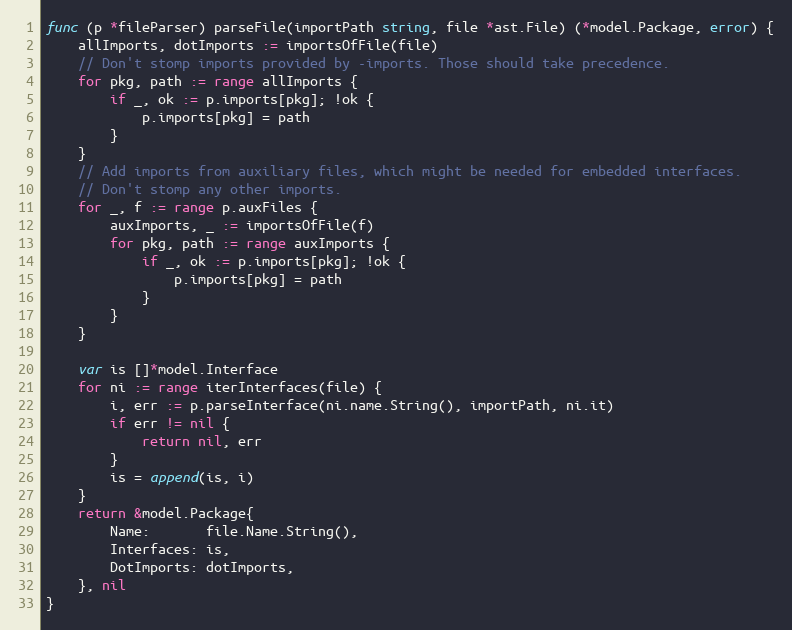
Language: Go
func (p *fileParser) parseFile(importPath string, file *ast.File) (*model.Package, error) {
	allImports, dotImports := importsOfFile(file)
	// Don't stomp imports provided by -imports. Those should take precedence.
	for pkg, path := range allImports {
		if _, ok := p.imports[pkg]; !ok {
			p.imports[pkg] = path
		}
	}
	// Add imports from auxiliary files, which might be needed for embedded interfaces.
	// Don't stomp any other imports.
	for _, f := range p.auxFiles {
		auxImports, _ := importsOfFile(f)
		for pkg, path := range auxImports {
			if _, ok := p.imports[pkg]; !ok {
				p.imports[pkg] = path
			}
		}
	}

	var is []*model.Interface
	for ni := range iterInterfaces(file) {
		i, err := p.parseInterface(ni.name.String(), importPath, ni.it)
		if err != nil {
			return nil, err
		}
		is = append(is, i)
	}
	return &model.Package{
		Name:       file.Name.String(),
		Interfaces: is,
		DotImports: dotImports,
	}, nil
}